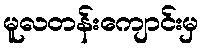
မူလတန်းကျောင်းမှ